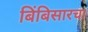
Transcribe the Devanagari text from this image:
बिंबिसारचा